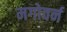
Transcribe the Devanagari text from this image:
मगोवर्न